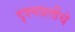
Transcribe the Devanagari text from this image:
दृश्यप्रतींचे